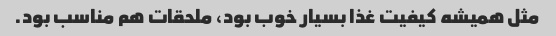
مثل همیشه کیفیت غذا بسیار خوب بود، ملحقات هم مناسب بود.